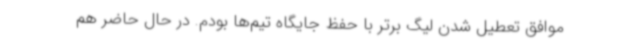
موافق تعطیل شدن لیگ برتر با حفظ جایگاه تیم‌ها بودم. در حال حاضر هم